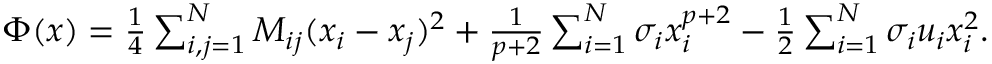
\begin{array} { r } { \Phi ( { \boldsymbol x } ) = \frac { 1 } { 4 } \sum _ { i , j = 1 } ^ { N } M _ { i j } ( x _ { i } - x _ { j } ) ^ { 2 } + \frac { 1 } { p + 2 } \sum _ { i = 1 } ^ { N } \sigma _ { i } x _ { i } ^ { p + 2 } - \frac { 1 } { 2 } \sum _ { i = 1 } ^ { N } \sigma _ { i } u _ { i } x _ { i } ^ { 2 } . } \end{array}